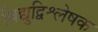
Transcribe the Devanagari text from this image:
विद्युद्विश्लेषक